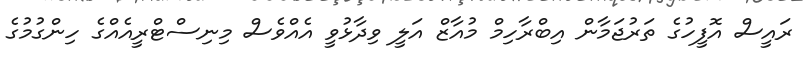
ރައީސް އޮފީހުގެ ތަރުޖަމާން އިބްރާހިމް މުއާޒް އަލީ ވިދާޅުވީ އެއްވެސް މިނިސްޓްރީއެއްގެ ހިންގުމުގެ